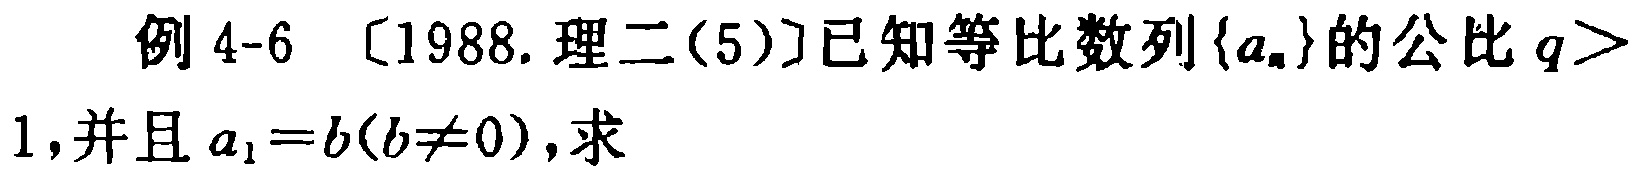
例 4-6 〔1988.理二(5)〕已知等比数列\(\{a_{n}\}\)的公比\(q > 1\),并且\(a_{1}=b(b\neq0)\),求